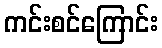
ကင်းစင်ကြောင်း